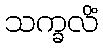
သက္ခလိံ